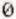
0